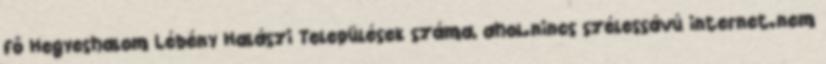
fő Hegyeshalom Lébény Halászi Települések száma, ahol.nincs szélessávú internet.nem